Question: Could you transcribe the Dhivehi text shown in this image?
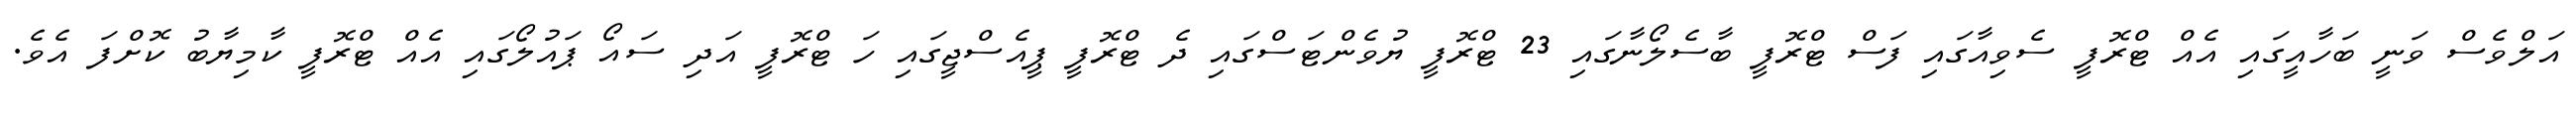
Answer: އަލްވެސް ވަނީ ބަހާއީގައި އެއް ޓްރޮފީ ސެވިއާގައި ފަސް ޓްރޮފީ ބާސެލޯނާގައި 23 ޓްރޮފީ ޔުވެންޓަސްގައި ދެ ޓްރޮފީ ޕީއެސްޖީގައި ހަ ޓްރޮފީ އަދި ސައޯ ޕައުލޯގައި އެއް ޓްރޮފީ ކާމިޔާބު ކޮށްފަ އެވެ.